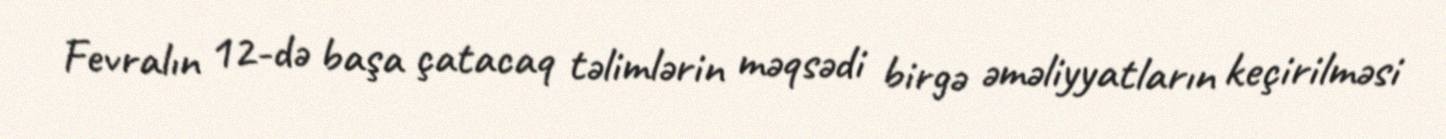
Fevralın 12-də başa çatacaq təlimlərin məqsədi birgə əməliyyatların keçirilməsi